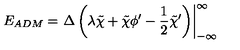
E _ { A D M } = \left. { \Delta } \left( { \lambda } \tilde { \chi } + \tilde { \chi } { \phi } ^ { \prime } - { \frac 1 2 } { \tilde { \chi } } ^ { \prime } \right) \right| _ { - \infty } ^ { \infty }